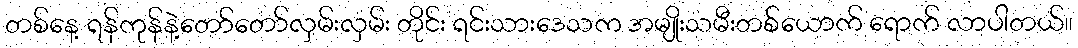
တစ်နေ့ ရန်ကုန်နဲ့တော်တော်လှမ်းလှမ်း တိုင်း ရင်းသားဒေသက အမျိုးသမီးတစ်ယောက် ရောက် လာပါတယ်။